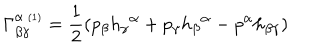
\Gamma _ { \beta \gamma } ^ { \alpha \ { \scriptscriptstyle ( 1 ) } } = \frac { 1 } { 2 } ( p _ { \beta } h _ { \gamma } { } ^ { \alpha } + p _ { \gamma } h _ { \beta } { } ^ { \alpha } - p ^ { \alpha } h _ { \beta \gamma } )